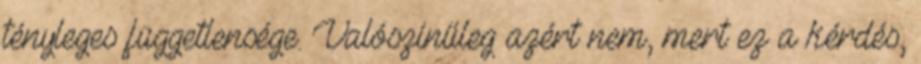
tényleges függetlensége. Valószínűleg azért nem, mert ez a kérdés,